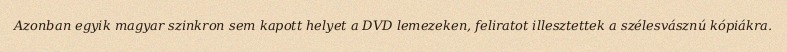
Azonban egyik magyar szinkron sem kapott helyet a DVD lemezeken, feliratot illesztettek a szélesvásznú kópiákra.